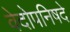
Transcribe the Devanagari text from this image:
वेदोपनिषदे